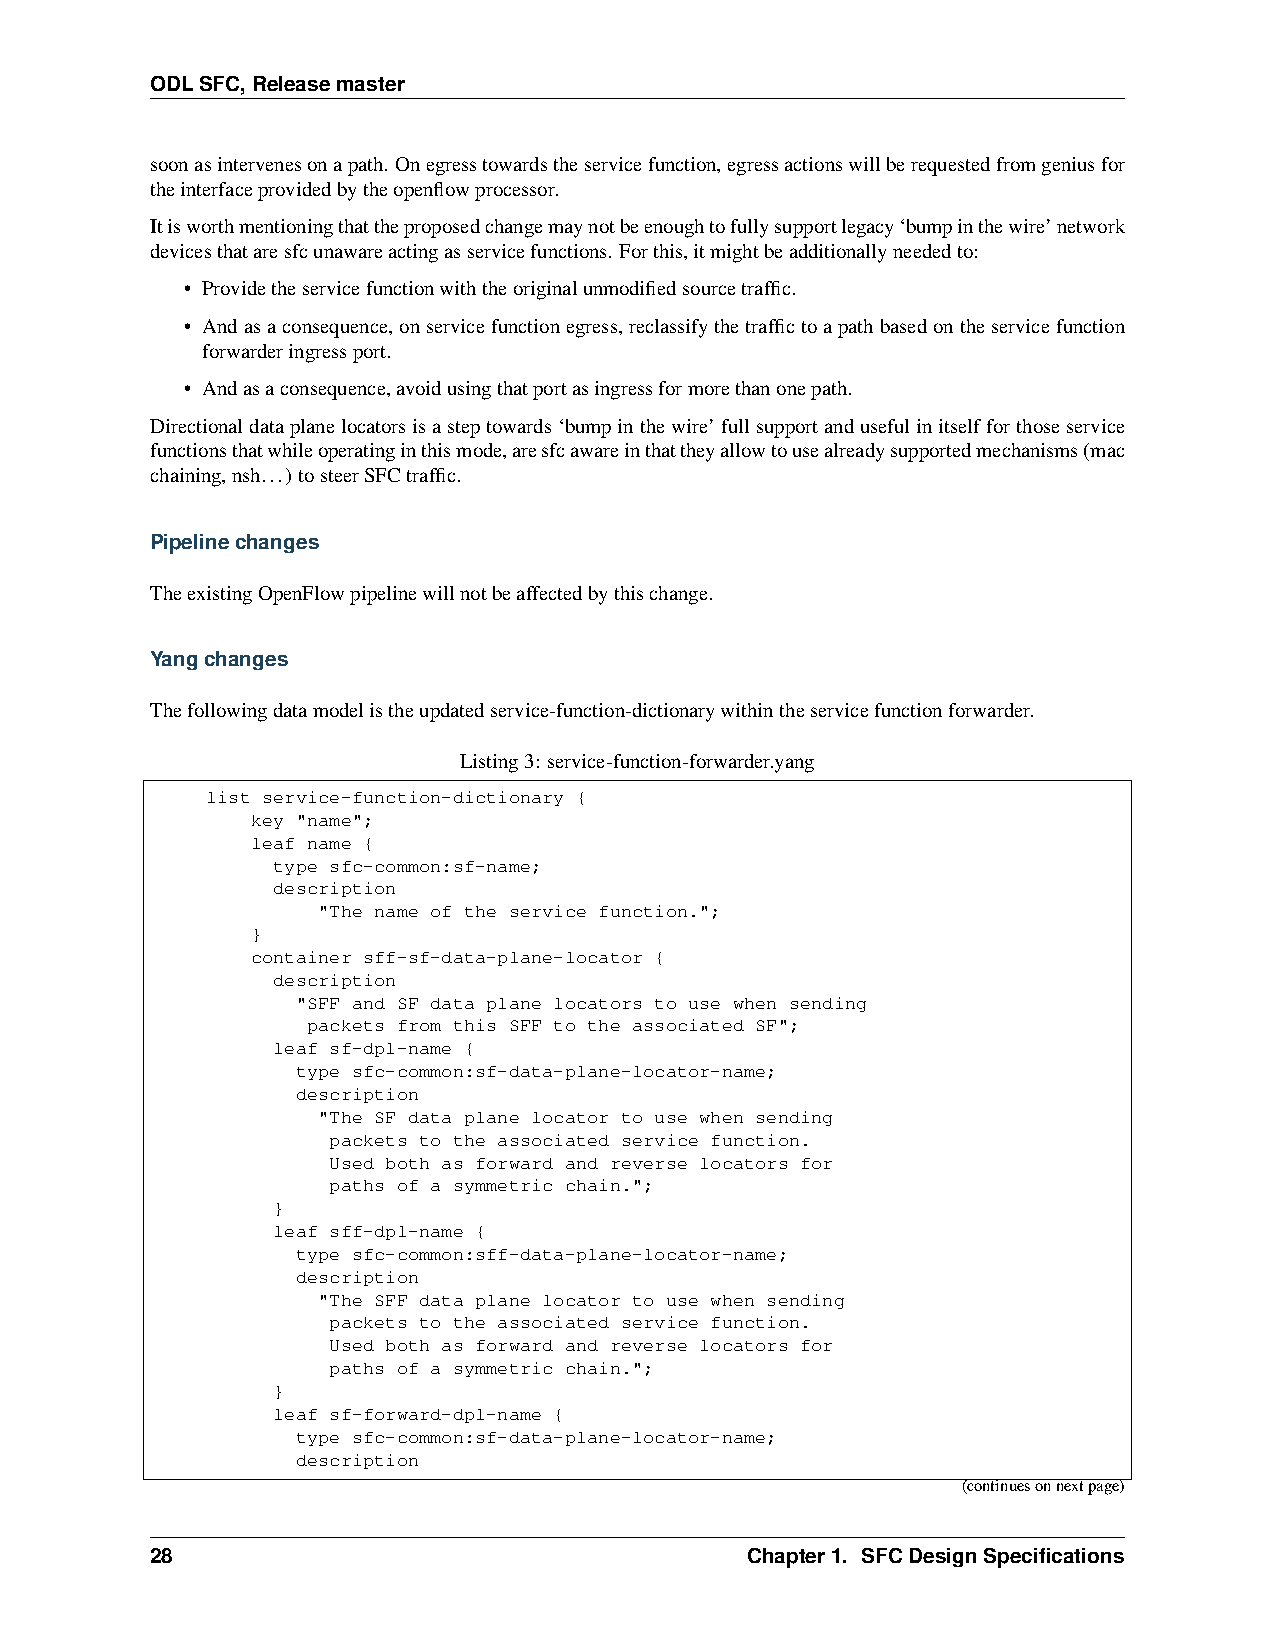
ODLSFC,Releasemaster
 soonasintervenesonapath. Onegresstowardstheservicefunction,egressactionswillberequestedfromgeniusfor
 theinterfaceprovidedbytheopenflowprocessor.
 Itisworthmentioningthattheproposedchangemaynotbeenoughtofullysupportlegacy‘bumpinthewire’network
 devicesthataresfcunawareactingasservicefunctions. Forthis,itmightbeadditionallyneededto:
 • Providetheservicefunctionwiththeoriginalunmodifiedsourcetraffic.
 • Andasaconsequence,onservicefunctionegress,reclassifythetraffictoapathbasedontheservicefunction
 forwarderingressport.
 • Andasaconsequence,avoidusingthatportasingressformorethanonepath.
 Directionaldataplanelocatorsisasteptowards‘bumpinthewire’fullsupportandusefulinitselfforthoseservice
 functionsthatwhileoperatinginthismode,aresfcawareinthattheyallowtousealreadysupportedmechanisms(mac
 chaining,nsh...) tosteerSFCtraffic.
 Pipelinechanges
 TheexistingOpenFlowpipelinewillnotbeaffectedbythischange.
 Yangchanges
 Thefollowingdatamodelistheupdatedservice-function-dictionarywithintheservicefunctionforwarder.
 Listing3: service-function-forwarder.yang
 list service-function-dictionary {
 key "name";
 leaf name {
 type sfc-common:sf-name;
 description
 "The name of the service function.";
 }
 container sff-sf-data-plane-locator {
 description
 "SFF and SF data plane locators to use when sending
 packets from this SFF to the associated SF";
 leaf sf-dpl-name {
 type sfc-common:sf-data-plane-locator-name;
 description
 "The SF data plane locator to use when sending
 packets to the associated service function.
 Used both as forward and reverse locators for
 paths of a symmetric chain.";
 }
 leaf sff-dpl-name {
 type sfc-common:sff-data-plane-locator-name;
 description
 "The SFF data plane locator to use when sending
 packets to the associated service function.
 Used both as forward and reverse locators for
 paths of a symmetric chain.";
 }
 leaf sf-forward-dpl-name {
 type sfc-common:sf-data-plane-locator-name;
 description
 (continuesonnextpage)
 28                                     Chapter1. SFCDesignSpecifications